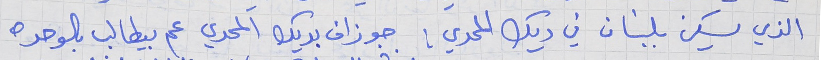
الذي يسكن بلبنان في ديك المحدي : جوزاف بديك المحدي عم بيطالب بالوحده